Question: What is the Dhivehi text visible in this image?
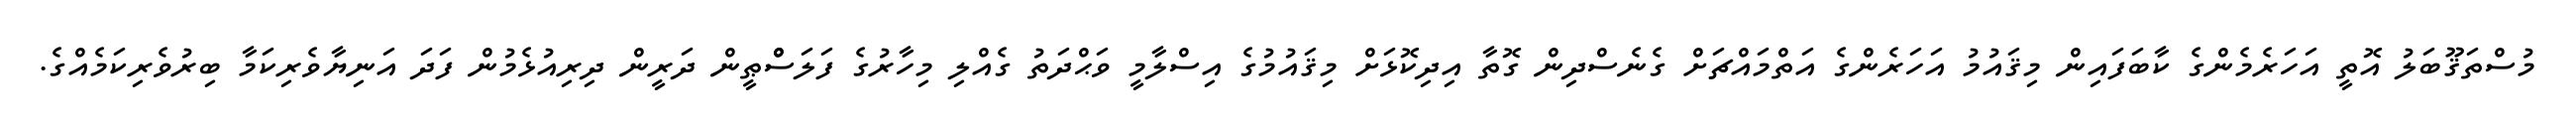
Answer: މުސްތަޤޫބަލު އޮތީ އަހަރެމެންގެ ކާބަފައިން މިޤައުމު އަހަރެންގެ އަތްމައްޗަށް ގެނެސްދިން ގޮތާ އިދިކޮޅަށް މިޤައުމުގެ އިސްލާމީ ވަޙްދަތު ގެއްލި މިހާރުގެ ފަލަސްްޠީން ދަރީން ދިރިއުޅެމުން ފަދަ އަނިޔާވެރިކަމާ ބިރުވެރިކަމެއްގެ.